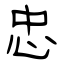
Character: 忠